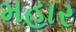
મહાર